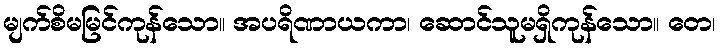
မျက်စိမမြင်ကုန်သော။ အပရိဏာယကာ၊ ဆောင်သူမရှိကုန်သော။ တေ၊